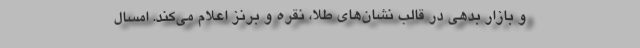
و بازار بدهی در قالب نشان‌های طلا، نقره و برنز اعلام می‌کند. امسال